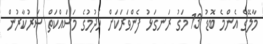
މާލޭގެ އެންމެ ބޮޑު 13 މަގު ރަނގަޅު ފެންވަރަކަށް ހެދުމުގެ މަސައްކަތް ސަރުކާރުން